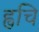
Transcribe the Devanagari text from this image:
ह्वचि